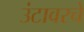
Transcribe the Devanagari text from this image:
उंटावरचे